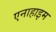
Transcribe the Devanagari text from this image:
एनाहाइम